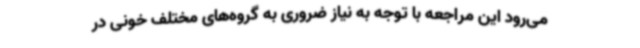
می‌رود این مراجعه با توجه به نیاز ضروری به گروه‌های مختلف خونی در